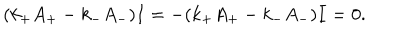
( k _ { + } A _ { + } - k _ { - } A _ { - } ) I = - ( k _ { + } A _ { + } - k _ { - } A _ { - } ) I = 0 . \nonumber